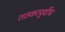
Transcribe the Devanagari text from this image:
शतकापुर्वीच